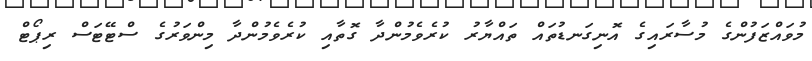
މުވައްޒަފުންގެ މުސާރައިގެ އޮނިގަނޑުތައް ތައްޔާރު ކުރެވެމުންދާ ގޮތާއި ކުރެވެމުންދާ މިންވަރުގެ ސްޓޭޓަސް ރިޕޯޓް